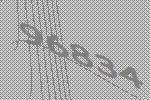
96834